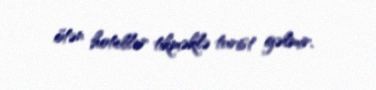
ötən hotellər tikməklə turist gəlmir.